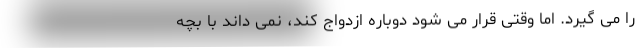
را می گیرد. اما وقتی قرار می شود دوباره ازدواج کند، نمی داند با بچه